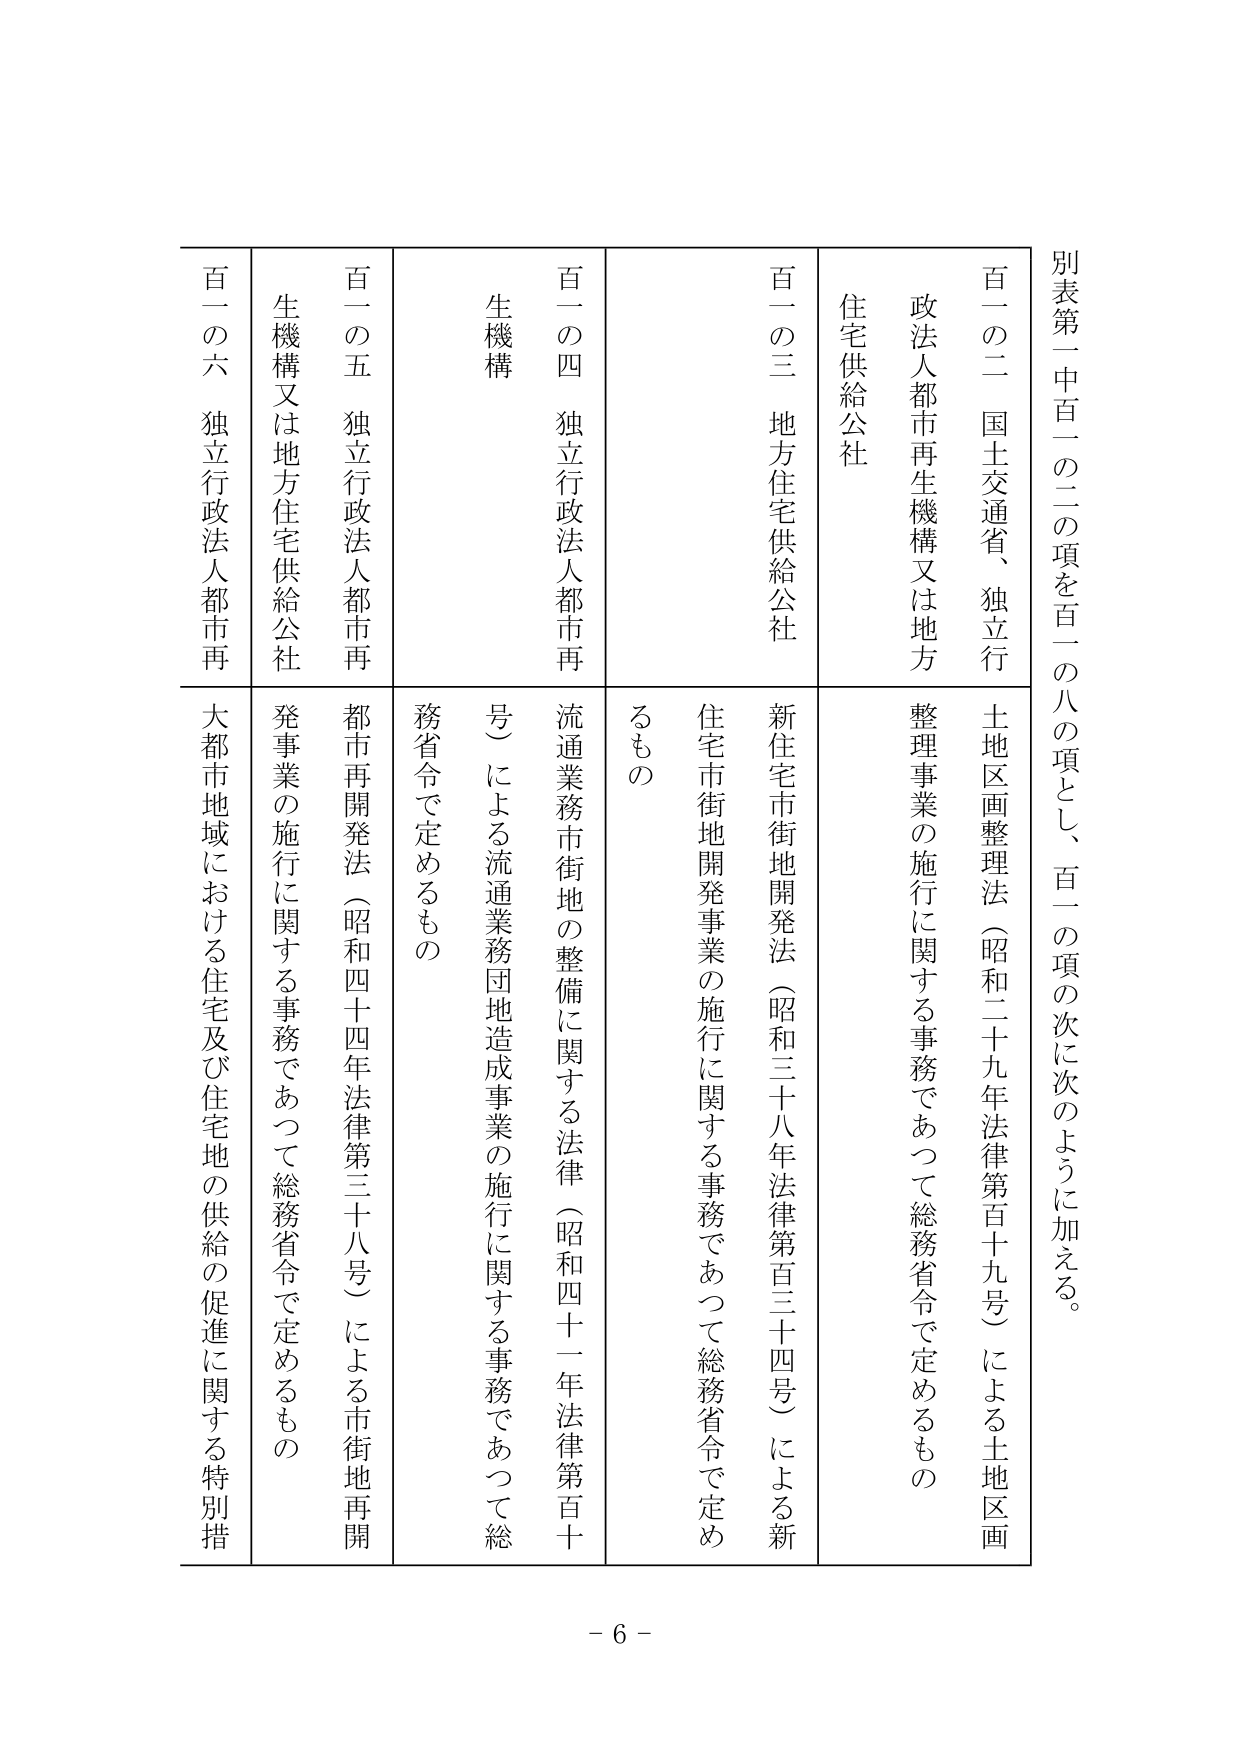
別表第一中百一の二の項を百一の八の項とし、百一の項の次に次のように加える。

百一の二　国土交通省、独立行政法人都市再生機構又は地方住宅供給公社
　　　　　　土地区画整理法（昭和二十九年法律第百十九号）による土地区画整理事業の施行に関する事務であつて総務省令で定めるもの

百一の三　地方住宅供給公社
　　　　　　新住宅市街地開発法（昭和三十八年法律第百三十四号）による新住宅市街地開発事業の施行に関する事務であつて総務省令で定めるもの

百一の四　独立行政法人都市再生機構
　　　　　　流通業務市街地の整備に関する法律（昭和四十一年法律第百十号）による流通業務団地造成事業の施行に関する事務であつて総務省令で定めるもの

百一の五　独立行政法人都市再生機構又は地方住宅供給公社
　　　　　　都市再開発法（昭和四十四年法律第三十八号）による市街地再開発事業の施行に関する事務であつて総務省令で定めるもの

百一の六　独立行政法人都市再生機構又は地方住宅供給公社
　　　　　　大都市地域における住宅及び住宅地の供給の促進に関する特別措

- 6 -